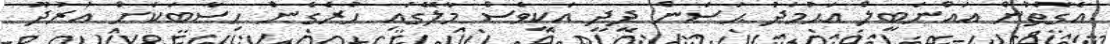
އެގޮތުން އައްނަބީލް އަޙުމަދު ޙަސަން ދީދީ އަކީވެސް މާލޭގައި ހުރެގެން ހިސާބަކަށް އުރުދޫ